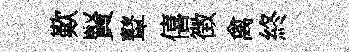
歎賢鼙僖徴禽終